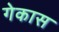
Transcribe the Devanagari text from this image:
गेकास